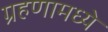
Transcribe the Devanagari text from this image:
ग्रहणामध्ये